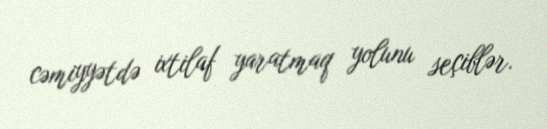
cəmiyyətdə ixtilaf yaratmaq yolunu seçiblər.